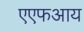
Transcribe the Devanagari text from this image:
एएफआय